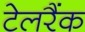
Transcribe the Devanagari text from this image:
टेलरैंक